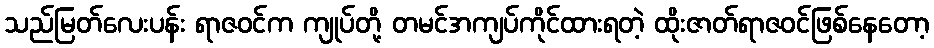
သည်မြတ်လေးပန်း ရာဇဝင်က ကျုပ်တို့ တမင်အကျပ်ကိုင်ထားရတဲ့ ထိုးဇာတ်ရာဇဝင်ဖြစ်နေတော့